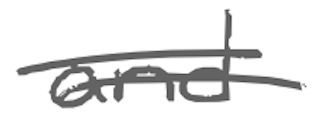
Text: and
Cross-out: double-line
Writing tool: digital_gray